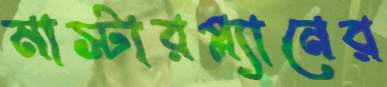
মাস্টারপ্ল্যানের